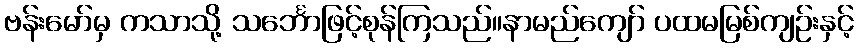
ဗန်းမော်မှ ကသာသို့ သင်္ဘောဖြင့်စုန်ကြသည်။နာမည်ကျော် ပထမမြစ်ကျဉ်းနှင့်